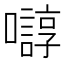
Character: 𫬛